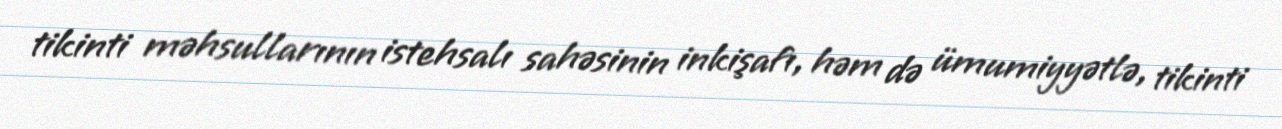
tikinti məhsullarının istehsalı sahəsinin inkişafı, həm də ümumiyyətlə, tikinti